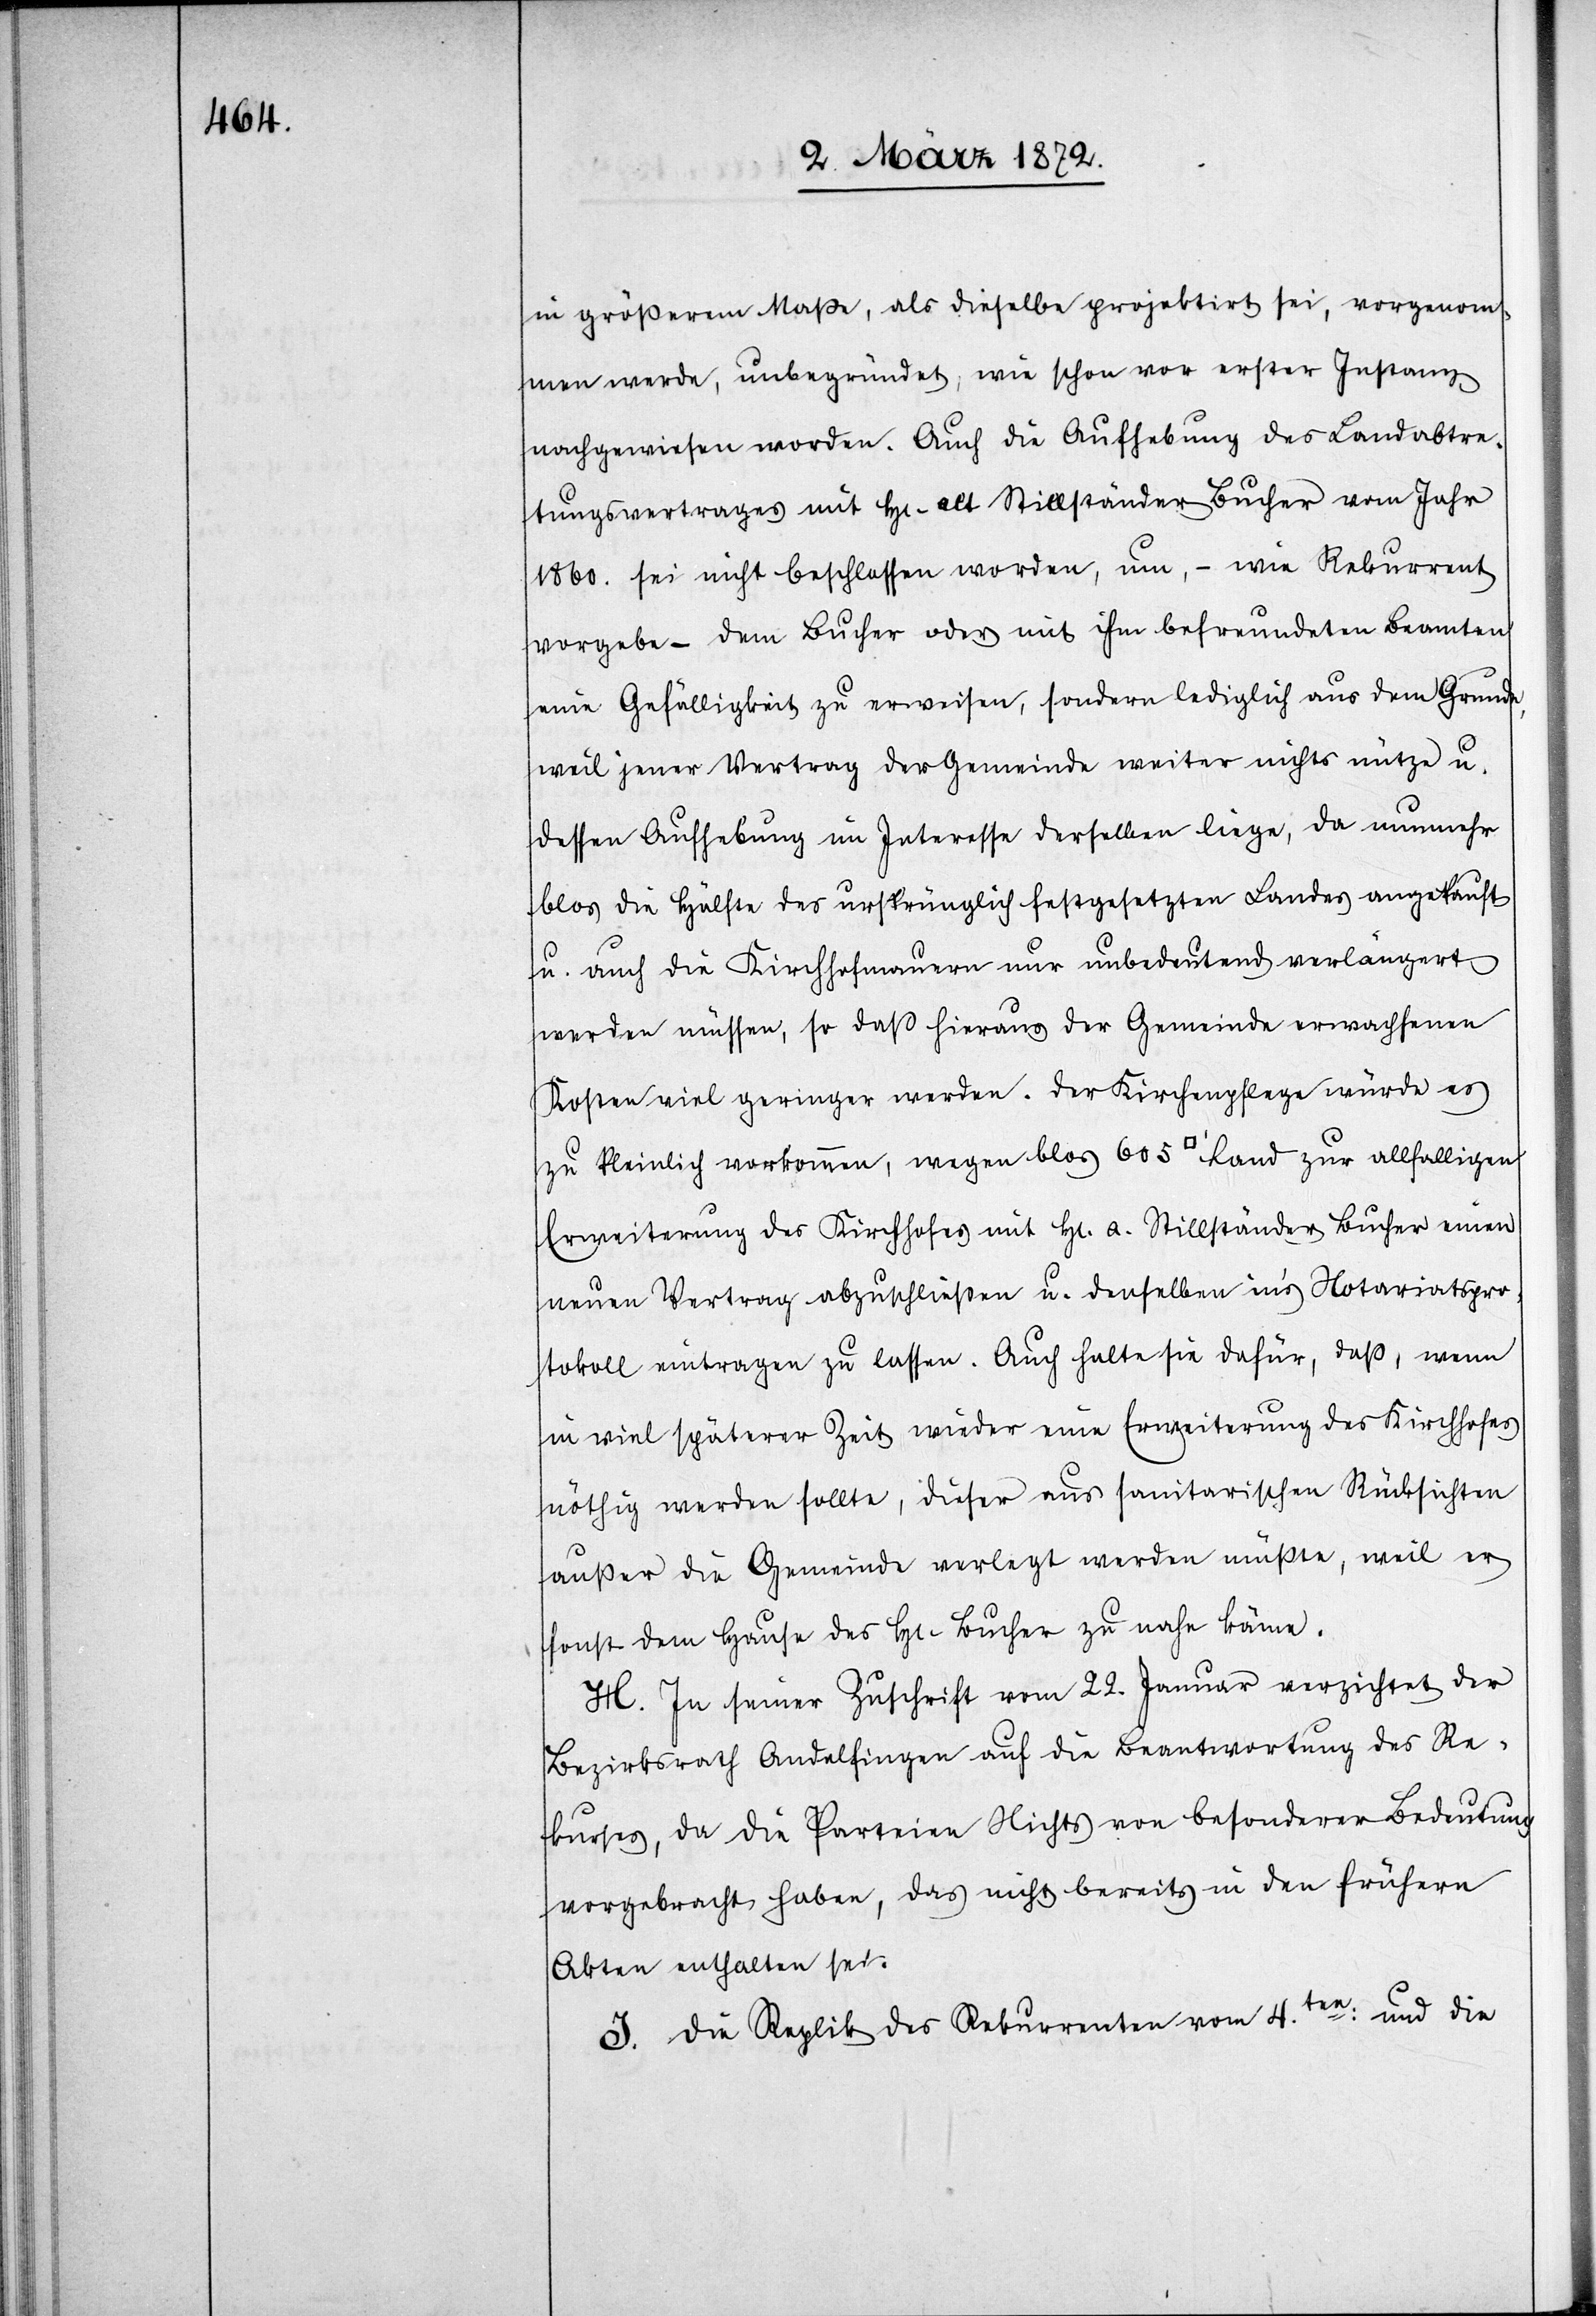
in größerem Maße, als dieselbe projektirt sei, vorgenom¬
men werde, unbegründet, wie schon vor erster Instanz
nachgewiesen worden. Auch die Aufhebung des Landabtre¬
tungsvertrages mit Hr. alt Stillständer Bucher vom Jahr
1860. sei nicht beschlossen worden, um, – wie Rekurrent
vorgebe – dem Bucher oder mit ihm befreundeten Beamten
eine Gefälligkeit zu erweisen, sondern lediglich aus dem Grunde,
weil jener Vertrag der Gemeinde weiter nichts nütze u.
dessen Aufhebung im Interesse derselben liege, da nunmehr
blos die Hälfte des ursprünglich festgesetzten Landes ausgekauft
u. auch die Kirchhofmauern nur unbedeutend verlängert
werden müssen, so daß [die] hieraus der Gemeinde erwachsenen
Kosten viel geringer werden. Der Kirchenpflege würde es
zu kleinlich vorkommen, wegen blos 605 [Quadratfuss] Land zur allfälligen
Erweiterung des Kirchhofes mit Hr. a. Stillständer Bucher einen
neuen Vertrag abzuschließen u. denselben ins Notariatspro¬
tokoll eintragen zu lassen. Auch halte sie dafür, daß, wenn
in viel späterer Zeit wieder eine Erweiterung des Kirchhofes
nöthig werden sollte, dieser aus sanitarischen Rücksichten
außer die Gemeinde verlegt werden müßte, weil er
sonst dem Hause des Hr. Bucher zu nahe käme.
H. In seiner Zuschrift vom 22. Januar verzichtet der
Bezirksrath Andelfingen auf die Beantwortung des Re¬
kurses, da die Parteien Nichts von besonderer Bedeutung
vorgebracht haben, das nicht bereits in den frühern
Akten enthalten sei.
I. Die Replik des Rekurrenten vom 4ten und die